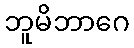
ဘူမိဘာဂေ